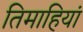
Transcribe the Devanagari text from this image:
तिमाहियां